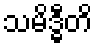
သမိဒ္ဓီတိ